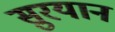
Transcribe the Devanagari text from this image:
सुरयान